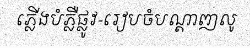
ភ្លើងបំភ្លឺផ្លូវ-រៀបចំបណ្តាញលូ